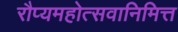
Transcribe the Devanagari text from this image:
रौप्यमहोत्सवानिमित्त